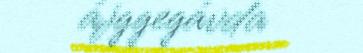
ájggegávda